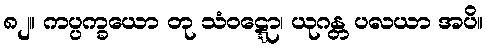
၈၂။ ကပ္ပက္ခယော တု သံဝဋ္ဋော၊ ယုဂန္တ ပလယာ အပိ။